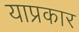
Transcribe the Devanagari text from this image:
याप्रकार